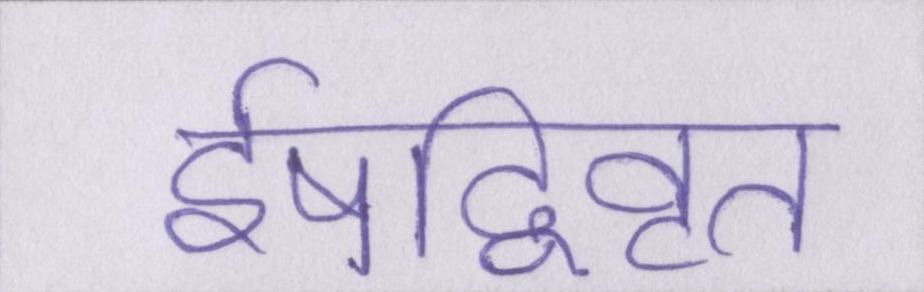
ईषद्विवृत